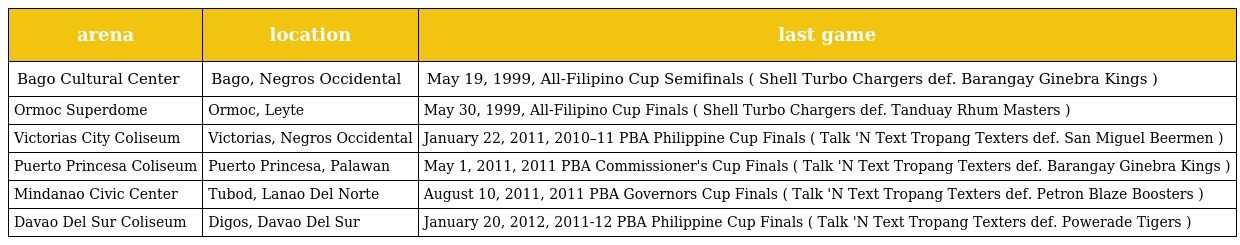
| arena | location | last game |
 | --- | --- | --- |
 | Bago Cultural Center | Bago, Negros Occidental | May 19, 1999, All-Filipino Cup Semifinals ( Shell Turbo Chargers def. Barangay Ginebra Kings ) |
 | Ormoc Superdome | Ormoc, Leyte | May 30, 1999, All-Filipino Cup Finals ( Shell Turbo Chargers def. Tanduay Rhum Masters ) |
 | Victorias City Coliseum | Victorias, Negros Occidental | January 22, 2011, 2010–11 PBA Philippine Cup Finals ( Talk 'N Text Tropang Texters def. San Miguel Beermen ) |
 | Puerto Princesa Coliseum | Puerto Princesa, Palawan | May 1, 2011, 2011 PBA Commissioner's Cup Finals ( Talk 'N Text Tropang Texters def. Barangay Ginebra Kings ) |
 | Mindanao Civic Center | Tubod, Lanao Del Norte | August 10, 2011, 2011 PBA Governors Cup Finals ( Talk 'N Text Tropang Texters def. Petron Blaze Boosters ) |
 | Davao Del Sur Coliseum | Digos, Davao Del Sur | January 20, 2012, 2011-12 PBA Philippine Cup Finals ( Talk 'N Text Tropang Texters def. Powerade Tigers ) |